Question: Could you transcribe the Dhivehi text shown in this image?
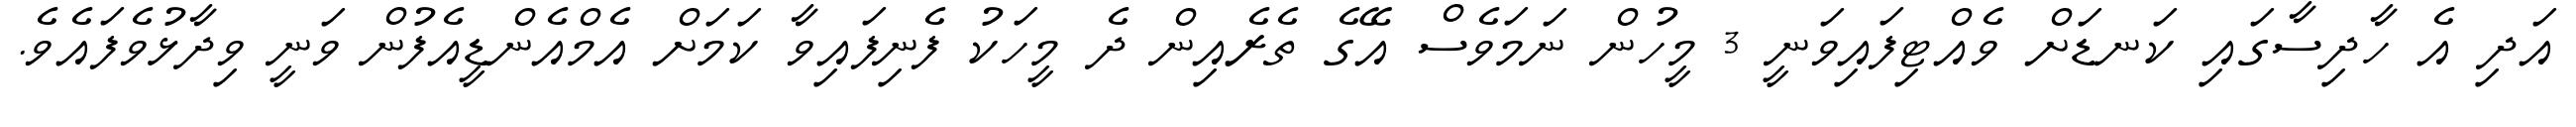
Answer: އަދި އެ ހާދިސާގައި ކަނޑަށް ވެއްޓިފައިވަނީ 3 މީހުން ނަމަވެސް އޭގެ ތެރެއިން ދެ މީހަކު ފެނިފައިވާ ކަމަށް އެމްއެންޑީއެފުން ވަނީ ވިދާޅުވެފައެވެ.